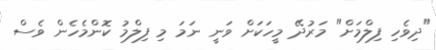
"ދިވެހި ފިލްމަށް" މަރުދޭ މީހަކަށް ވަނީ ނަމަ މި ފިލްމު ކޮންމެހެން ވެސް